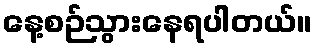
နေ့စဉ်သွားနေရပါတယ်။